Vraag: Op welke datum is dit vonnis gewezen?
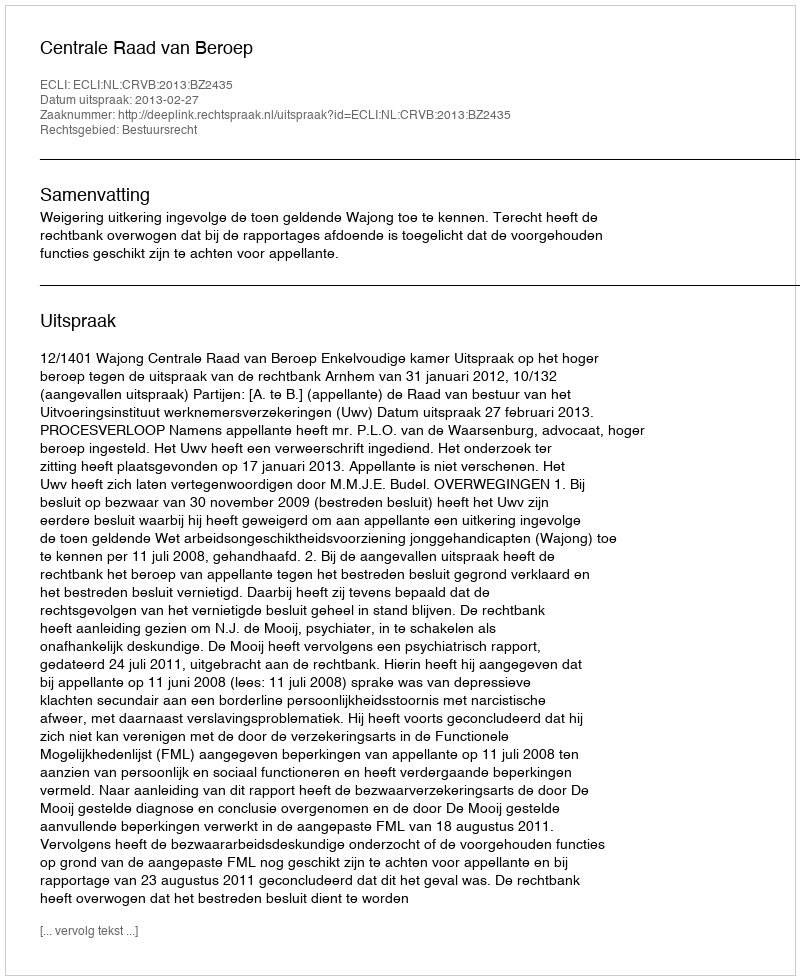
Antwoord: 2013-02-27